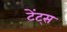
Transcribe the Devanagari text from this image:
टेंट्स